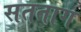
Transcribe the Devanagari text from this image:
सतताग